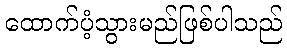
ထောက်ပံ့သွားမည်ဖြစ်ပါသည်